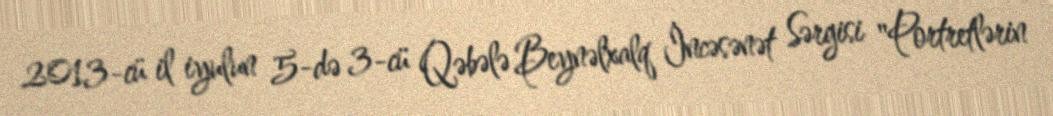
2013-cü il iyulun 5-də 3-cü Qəbələ Beynəlxalq İncəsənət Sərgisi "Portretlərin